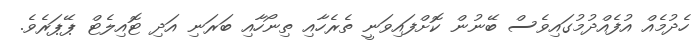
ހެދުމެއް އުފެއްދުމުގައިވެސް ބޭނުން ކޮށްފައިވަނީ ތެރެހާއި ތިނޯހާއި ބަރަނި އަދި ޓޮއިލެޓް ޕޭޕަރެވެ.